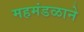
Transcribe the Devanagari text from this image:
महमंडळाने